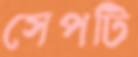
সেপটি